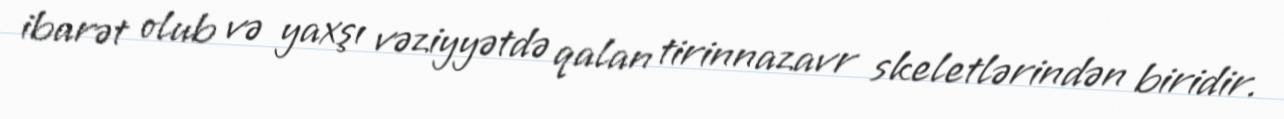
ibarət olub və yaxşı vəziyyətdə qalan tirinnazavr skeletlərindən biridir.